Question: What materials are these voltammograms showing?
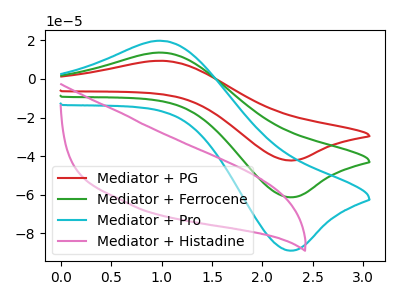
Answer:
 <answer>The red curve is labeled "Mediator + PG". The green curve is labeled "Mediator + Ferrocene". The cyan curve is labeled "Mediator + Pro". The pink curve is labeled "Mediator + Histadine".</answer>
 <eval></eval>